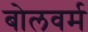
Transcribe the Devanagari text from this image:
बोलवर्म